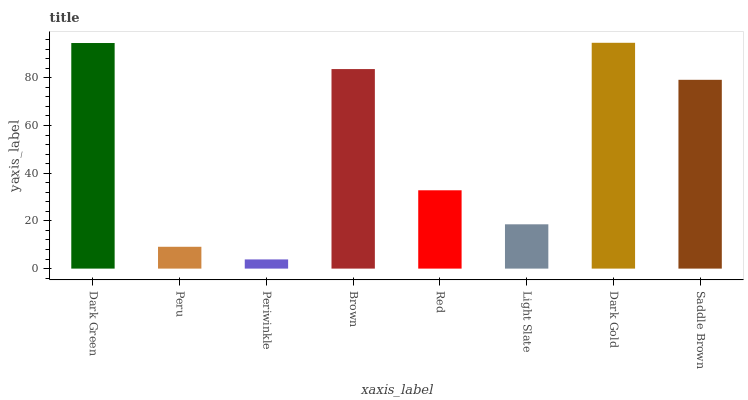
| xaxis_label | bars |
 | --- | --- |
 | Dark Green | 94.6 |
 | Peru | 9.16 |
 | Periwinkle | 3.85 |
 | Brown | 83.7 |
 | Red | 32.8 |
 | Light Slate | 18.6 |
 | Dark Gold | 94.7 |
 | Saddle Brown | 79.2 |